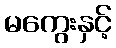
မကွေးနှင့်